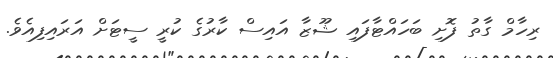
ރިހާމް ގާތު ފޮށި ބަހައްޓާފައި ޝޫޒާ އައިސް ކާރުގެ ކުރީ ސީޓަށް އަރައިފިއެވެ.